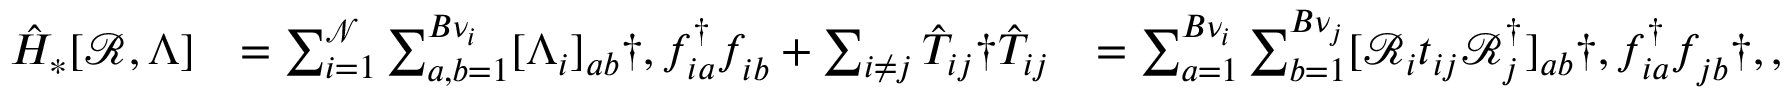
\begin{array} { r l r } { \hat { H } _ { * } [ \mathcal { R } , \Lambda ] } & { = \sum _ { i = 1 } ^ { \mathcal { N } } \sum _ { a , b = 1 } ^ { { B } \nu _ { i } } [ \Lambda _ { i } ] _ { a b } \dag , f _ { i a } ^ { \dagger } f _ { i b } ^ { \phantom { \dagger } } + \sum _ { i \neq j } \hat { T } _ { i j } \dag \hat { T } _ { i j } } & { = \sum _ { a = 1 } ^ { B \nu _ { i } } \sum _ { b = 1 } ^ { B \nu _ { j } } [ \mathcal { R } _ { i } t _ { i j } \mathcal { R } _ { j } ^ { \dagger } ] _ { a b } \dag , f _ { i a } ^ { \dagger } f _ { j b } ^ { \phantom { \dagger } } \dag , , } \end{array}